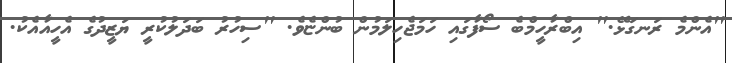
"އެންމެ ރަނގަޅޭ." އިބްރާހީމްބެ ސޯފާގައި ހަމަޖެހިލަމުން ބުންޏެވެ. "ސިހުރު ބަދަލުކުރީ ޔަޒީދުގެ އެހީއާއެކު.